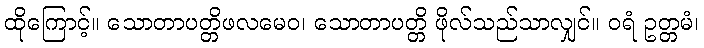
ထိုကြောင့်။ သောတာပတ္တိဖလမေဝ၊ သောတာပတ္တိ ဖိုလ်သည်သာလျှင်။ ဝရံ ဥတ္တမံ၊